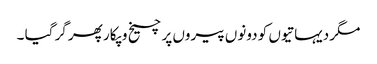
مگر دیہاتیوں کو دونوں پیروں پر چیخ و پکار پھر گر گیا ۔